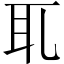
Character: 𦔮